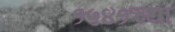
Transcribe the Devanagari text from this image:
१५४१च्या